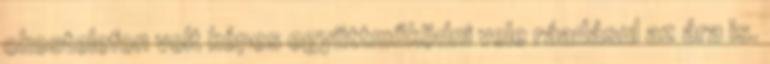
okostelefon volt képes együttműködni vele ráadásul az ára is.